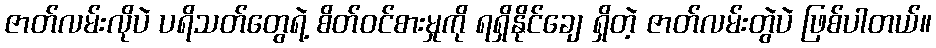
ဇာတ်လမ်းလိုပဲ ပရိသတ်တွေရဲ့ စိတ်ဝင်စားမှုကို ရရှိနိုင်ချေ ရှိတဲ့ ဇာတ်လမ်းတွဲပဲ ဖြစ်ပါတယ်။